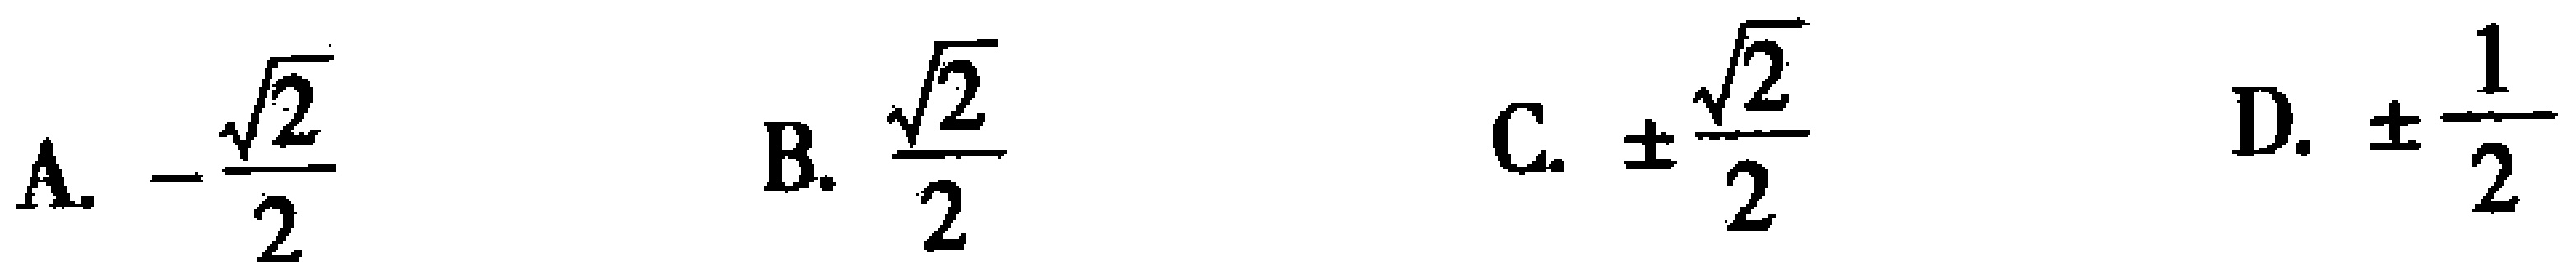
A. \(-\frac{\sqrt{2}}{2}\)  B. \(\frac{\sqrt{2}}{2}\)  C. \(\pm\frac{\sqrt{2}}{2}\)  D. \(\pm\frac{1}{2}\)